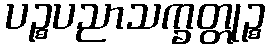
ပဉ္စပညာသက္ခတ္တုဉ္စ